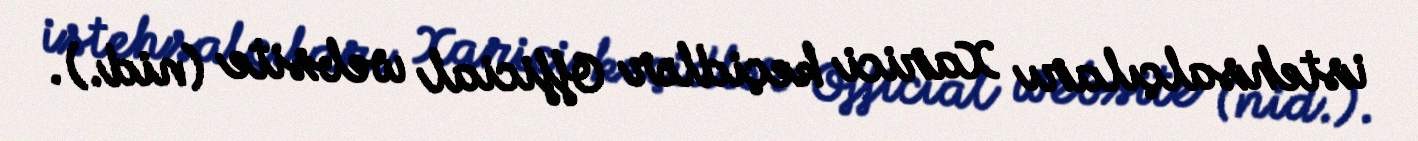
istehsalçıları Xarici keçidlər Official website (nid.).